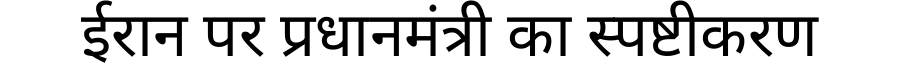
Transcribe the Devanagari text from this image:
ईरान पर प्रधानमंत्री का स्पष्टीकरण